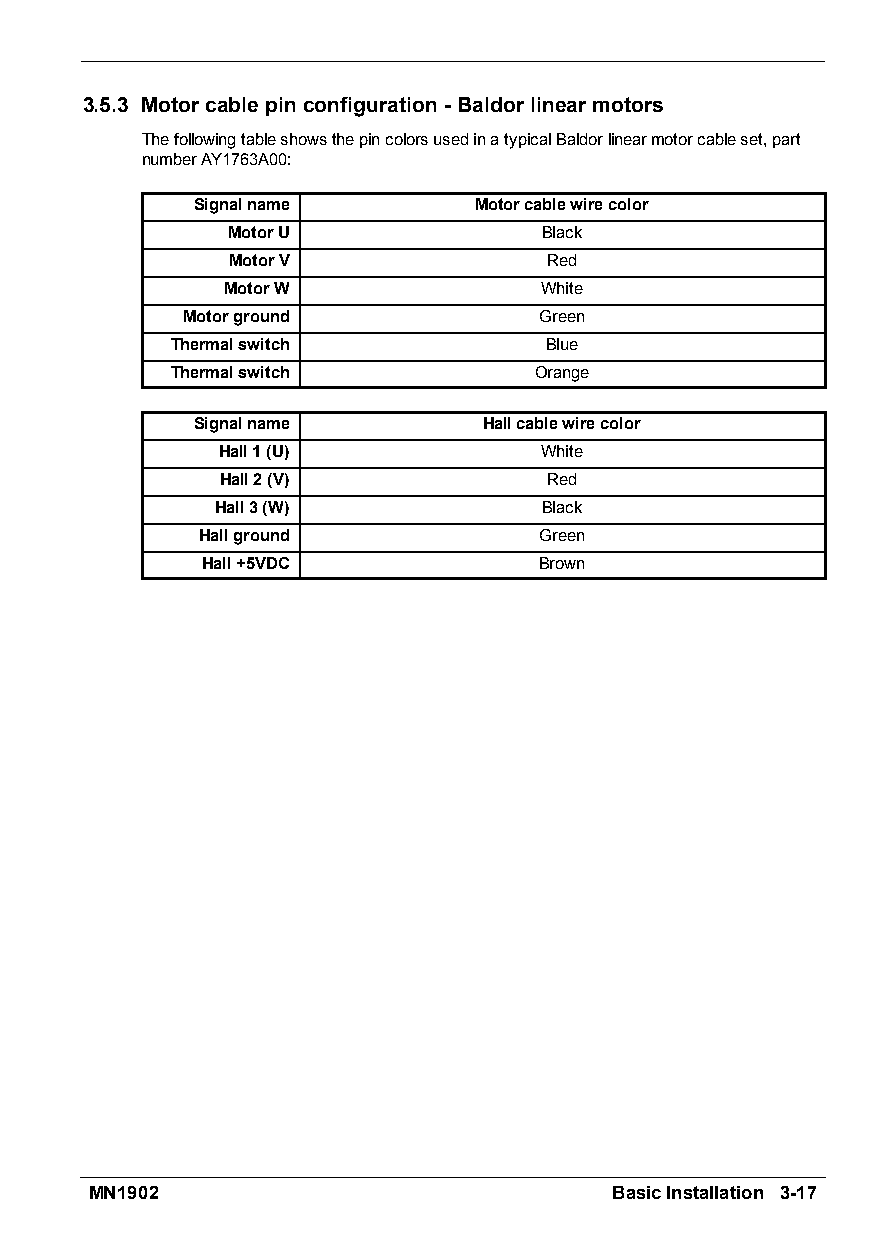
3.5.3 Motorcablepinconfiguration-Baldorlinearmotors
 ThefollowingtableshowsthepincolorsusedinatypicalBaldorlinearmotorcableset,part
 numberAY1763A00:
 Signalname        Motorcablewirecolor
 MotorU               Black
 MotorV               Red
 MotorW               White
 Motorground             Green
 Thermalswitch            Blue
 Thermalswitch           Orange
 Signalname         Hallcablewirecolor
 Hall1(U)              White
 Hall2(V)             Red
 Hall3(W)              Black
 Hallground             Green
 Hall+5VDC              Brown
 MN1902                            BasicInstallation 3-17